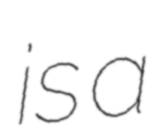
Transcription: is a